Memorandum on the prevention of leprosy by segregation of the affected
Disease focus: Leprosy
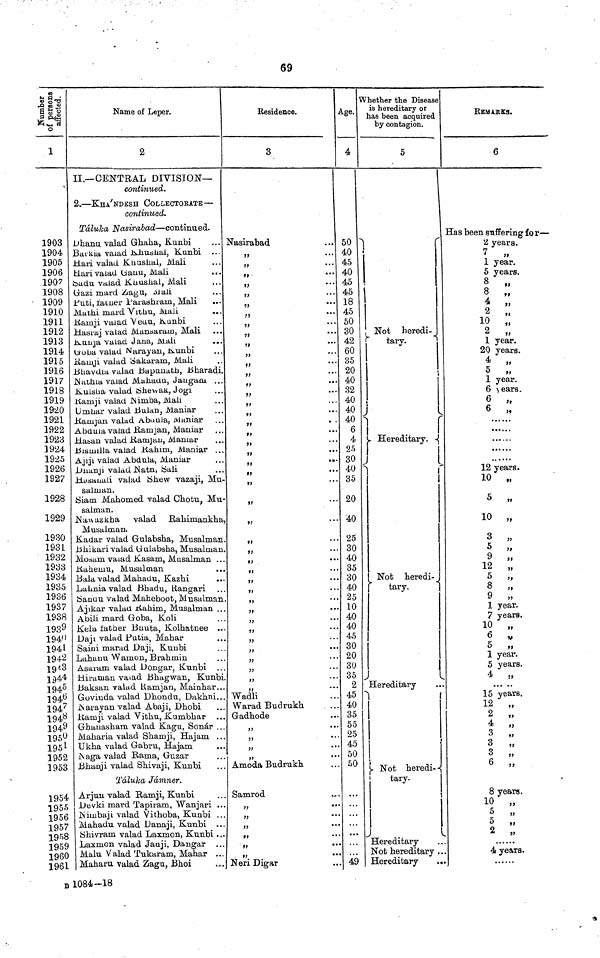
69
Number of persons affected.
1
1903
1904
1905
1906
1907
1908
• 1909
1910
1911
1912
1913
1914
1915
1916
1917
1918
1919
1920
1921
1922
1923
1924
1925
1926
1927
1928
1929
1930
1931
1932
1933
1934
1935
1936
1937
1938
1939
1949
1941
1942
1943
1944
1945
1946
1947
1948
1949
1950
1951
1952
1953
1954
1955
1956
1957
1958
1959
1960
1961
Name of Leper.
2
II.— CENTRAL DIVISION—
continued.
2. — KHA.'NDESH COLLECTOrATe —
continued.
Taluka Nasirabad — continued.
Dhanu valad Ghaha, Kunbi
Btrkra vaiad Khushal, Kunbi ...
Hari valad Khushal, Mali
ziari vaiad Uauu, Mali
badu vaiad Khushal, Mali
Gazi mard Zagu, Atali
Puti, father Parashram, Mali
Mathi mard Vithu, Mali
Ramji vaiad Veau, Kunbi
Hasraj valad Manaarain, Mali
Kunja valad Jaua, Mali
Goba valad Narayan, Kunbi
Ramji valad Sakararn, Mali
Bhavdra valad Bapunath, Bharadi.
Nathia valad Mahadu, Jauga\ill\ ..
Kulsha valad Shewak, Jogi
Ramji valad Nimba, Mali
Umuar valad Bulan, Maniar
Ramjan valad Aboula, Maniar
Abduia valad Ramjan, Maniar
Hasan valad Ramjau, Maniar
Bismilla valad Rahim, Maniar ..
Ajrji valad Abdula, Maniar
Dhanji valad Natn, Sali
Hasauali valad Shew vazaji, Mu
salman.
Siam Mahomed valad Chotu, Mu
salman.
Nawazkha
valad
Rahimankha
Musalman.
Kadar valad Gulabsha, Musalman
Bhikari valad Gulabsha, Musalman
Mosam valad Kasam, Musalman . .
Rahemu, Musalman
..
Bala valad Mahadu, Kazhi
Lalinia valad Bhadu, Rangari
Sanau valad Maheboot, Musalman
Ajikar valad Rahim, Musalman
A bili mard Goba, Koli
Kela tather Bnuta, Kolhatnee ..
Daji valad Patia, Mahar
Saini marad Daji, Kunbi
Lahanu Wamon, Brahmin
Asaram valad Dongar, Kunbi ..
Hiraman valad Bhagwan, Kunbi
Baksan valad Ramjan, Mainhar..
Govinda valad Dhondu, Dakhni..
Narayan valad Abaji, Dhobi
Ramji valad Vithu, Kumbhar
Ghauasham valad Kagu, Sonar
Maharia valad Shamji, Hajam
Ukha valad Gabru, Hajam
Naga valad Rama, Guzar
Bhanji valad Shivaji, Kunbi
Taluka Jamner.
Arjun valad Ramji, Kunbi
Devki mard Tapiram, Wanjari ...
Nimbaji valad Vithoba,
Kunbi
Mahadu valad Danaji, Kunbi
Shivram valad Laxmon, Kunbi,
Laxmon valad Jauji, Dangar
Malu Valad Tukaram, Mahar ...
Maharu valad Zagu, Bhoi
Residence.
3
Nasirabad
,,
Wadli
Warad Budrukh
Gadhode
Amoda Budrukh
Samrod
"
Neri Digar
Age.
4
50
40
45
40
45
45
18
45
50
30
42
60
35
20
40
32
40
40
40
6
4
25
30
40
35
20
40
25
30
40
35
30
40
25
10
40
40
45
30
20
30
35
2
45
40
35
55
25
45
50
50
...
..
49
Whether the Disease
is hereditary or
has been acquired
by contagion.
5
Not heredi-
tary.
Hereditary.
Not
heredi-
tary.
Hereditary
Not heredi--
tary.
Hereditary
Not hereditary
Hereditary
..
REMARKS.
6
Has been suffering for —
2 years.
7
„
1 year.
5 years.
8
„
8 „
4 „
2 „
10 „
2
„
1 year.
20 years.
4 „
5 „
1 year.
6 years.
6 „
6
„
12 years.
10 „
5 „
10 „
3 „
5 „
9 „
12 „
5 „
8 „
9 „
1 year.
7 years.
10 „
6
"
5 „
1 year.
5 years.
4 „
15 years.
12 „
2 „
4 „
3 „
3 „
3 „
6
„
8 years.
10 „
5 „
4 years.
B 1084-18